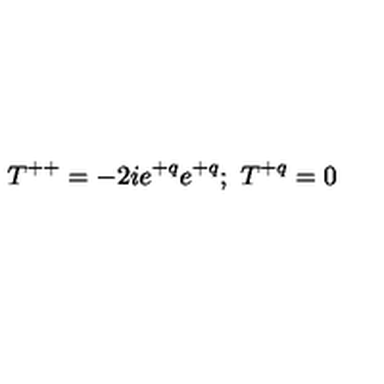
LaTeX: T ^ { + + } = - 2 i e ^ { + q } e ^ { + q } ; \ T ^ { + q } = 0